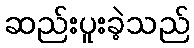
ဆည်းပူးခဲ့သည်